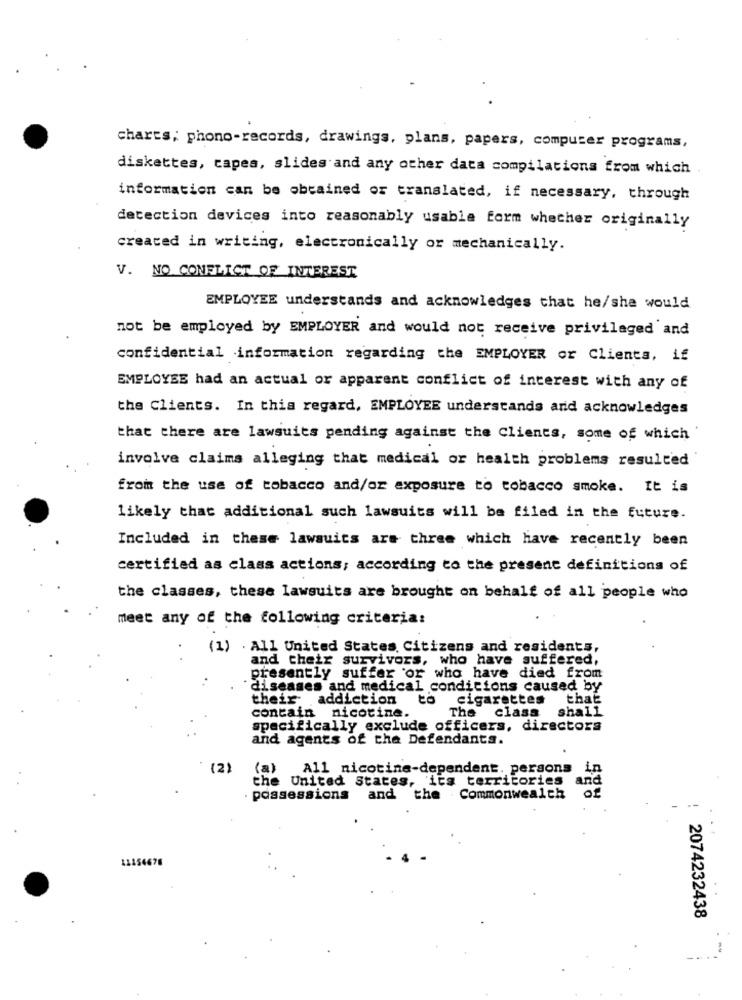
charts; phono-records, drawings, plans, papers, computer programs,
diskattes, capes, slides and any other data compilations from which
information can be obtained or translated, if necessary, through
detection devices into reasonably usable form whether originally
created in writing, electronically or mechanically.
V. NO CONFLICT OF INTEREST
EMPLOYEE understands and acknowledges that he/she would
not be employed by EMPLOYER and would not receive privileged and
confidential information regarding the EMPLOYER or Clients, if
EMPLOYEE had an actual or apparent conflict of interest with any of
the Clients. In this regard, EMPLOYEE understands and acknowledges
that there are lawsuits pending against the Clients, some of which
involve claims alleging that medical or health problems resulted
from the use of tobacco and/or exposure to tobacco smoke. It is
likely that additional such lawsuits will be filed in the future.
Included in these lawsuits are three which have recently been
certified as class actions; according to the present definitions of
the classes, these lawsuits are brought on behalf of all people who
meet any of the following criteria:
(1) . All United States Citizens and residents,
and their survivors, who have suffered,
presently suffer or who have died from
diseases and medical condicions caused by
their addiction
cigarettes
that
shall
contain nicotine.
The class
specifically exclude officers, directors
and agents of the Defendants.
(2)
(a) All nicotine-dependent. persons
in
the United States, its territories
and
possessions
and the . Commonwealth
.-
11154676
2074232438